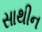
સાથીન